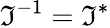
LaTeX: {\mathfrak{I}}^{-1}={\mathfrak{I}}^{*}